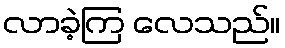
လာခဲ့ကြ လေသည်။